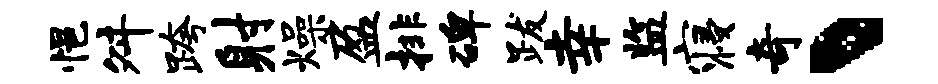
悒舛跨射燥盈排碑跋幸监寝奇丶